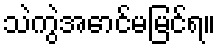
သဲကွဲအောင်မမြင်ရ။